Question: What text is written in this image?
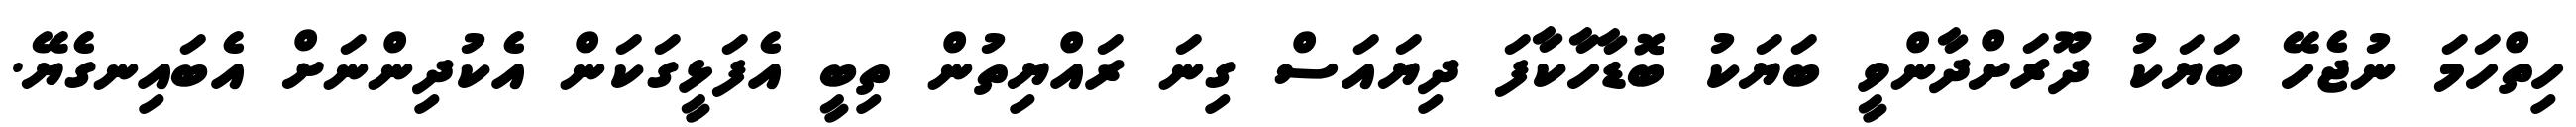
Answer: ހިތްހަމަ ނުޖެހޭ ބަޔަކު ދޫރަށްދާންވީ ބަޔަކު ބޮޑާހާކާފަ ދިޔައަސް ގިނަ ރައްޔިތުން ތިބީ އެފަޅީގަކަން އެކުދިންނަށް އެބައިނގެޔޭ.